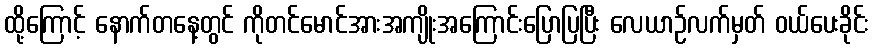
ထို့ကြောင့် နောက်တနေ့တွင် ကိုတင်မောင်အားအကျိုးအကြောင်းပြောပြပြီး လေယာဉ်လက်မှတ် ဝယ်ပေးခိုင်း